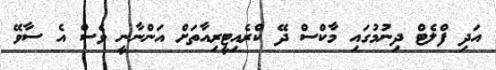
އަދި ފްލެޓް ދިނުމުގައި މާކްސް ދޭ ކްރެއިޓީރިއާތަށް އަންނާނީ ވެސް އެ ސާވޭ